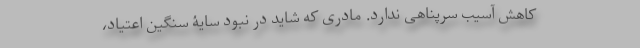
کاهش آسیب سرپناهی ندارد. مادری که شاید در نبود سایۀ سنگین اعتیاد،